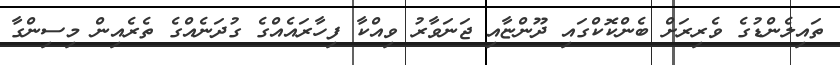
ތައިލެންޑުގެ ވެރިރަށް ބެންކޮކްގައި ދޫންޏާއި ޖަނަވާރު ވިއްކާ ފިހާރައެއްގެ ގުދަނެއްގެ ތެރެއިން މިސިންގާ